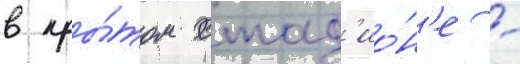
в кры́том стад'ио́н'е -